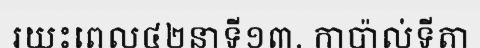
រយះពេល៤២នាទី១៣. កាប៉ាល់ទីតា